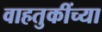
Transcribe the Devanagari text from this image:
वाहतुकींच्या